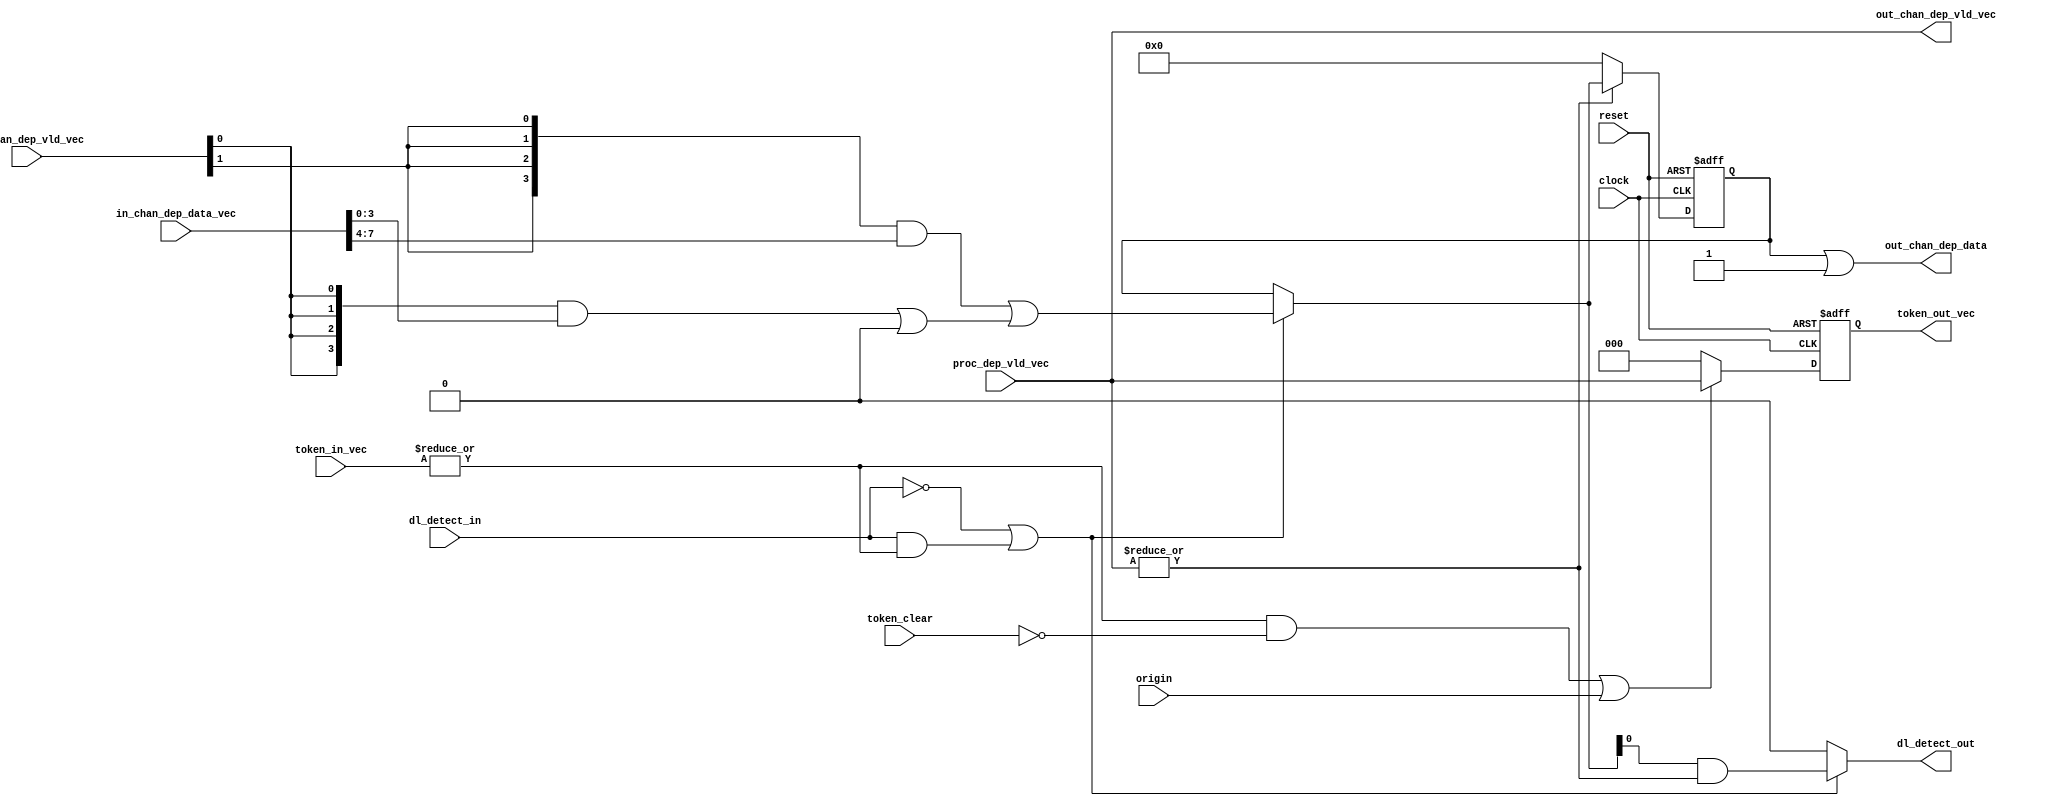
`timescale 1 ns / 1 ps

module ydma_hls_deadlock_detect_unit #( 
    parameter PROC_NUM = 4, 
    parameter PROC_ID = 0, 
    parameter IN_CHAN_NUM = 2, 
    parameter OUT_CHAN_NUM = 3) (
    input reset,
    input clock,
    input [OUT_CHAN_NUM - 1:0] proc_dep_vld_vec,
    input [IN_CHAN_NUM - 1:0] in_chan_dep_vld_vec,
    input [IN_CHAN_NUM * PROC_NUM - 1:0] in_chan_dep_data_vec,
    input [IN_CHAN_NUM - 1:0] token_in_vec,
    input dl_detect_in,
    input origin,
    input token_clear,
    output [OUT_CHAN_NUM - 1:0] out_chan_dep_vld_vec,
    output [PROC_NUM - 1:0] out_chan_dep_data,
    output reg [OUT_CHAN_NUM - 1:0] token_out_vec ,
    output reg dl_detect_out);
    
    reg [PROC_NUM - 1:0] dep;
    reg [PROC_NUM - 1:0] dep_reg;
    wire [(IN_CHAN_NUM + 1) * PROC_NUM - 1:0] dep_comb;

    assign dep_comb[PROC_NUM - 1:0] = {PROC_NUM{1'b0}};

    genvar i;
    generate
        for (i = 0; i < IN_CHAN_NUM; i = i + 1) begin:B1
            assign dep_comb[(i + 1) * PROC_NUM +: PROC_NUM] = {PROC_NUM{in_chan_dep_vld_vec[i]}} & in_chan_dep_data_vec[i * PROC_NUM +: PROC_NUM] | dep_comb[i * PROC_NUM +: PROC_NUM];
        end
    endgenerate

    always @ (dep_comb or dep_reg or dl_detect_in or token_in_vec) begin
        if (~dl_detect_in | (dl_detect_in & |(token_in_vec))) begin
            dep = dep_comb[IN_CHAN_NUM * PROC_NUM +: PROC_NUM];
        end
        else begin
            dep = dep_reg;
        end
    end

    always @ (negedge reset or posedge clock) begin
        if (~reset) begin
            dep_reg <= 'b0;
        end
        else begin
            if (|proc_dep_vld_vec) begin
                dep_reg <= dep;
            end
            else begin
                dep_reg <= 'b0;
            end
        end
    end
    
    // Output dependence channel update logic
    assign out_chan_dep_vld_vec = proc_dep_vld_vec;
    assign out_chan_dep_data = dep_reg | ('b1 << PROC_ID);

    // Deadlock detection logic
    always @ (dep or dl_detect_in or token_in_vec or proc_dep_vld_vec) begin
        // Deadlock issue when no deadlock detected or under report token control
        if (~dl_detect_in | (dl_detect_in & |(token_in_vec))) begin
            dl_detect_out = dep[PROC_ID] & (|proc_dep_vld_vec);
        end
        else begin
            dl_detect_out = 'b0;
        end
    end

    // Token generation logic
    always @ (negedge reset or posedge clock) begin
        if (~reset) begin
            token_out_vec <= 'b0;
        end
        else begin
            //token_clear happen in the same cycle as dl_detect_out
            if ((|token_in_vec & ~token_clear) | origin) begin 
                token_out_vec <= proc_dep_vld_vec;
            end
            else begin
                token_out_vec <= 'b0;
            end
        end
    end
    
endmodule